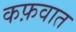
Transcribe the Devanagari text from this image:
कफ़वात